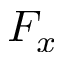
F _ { x }